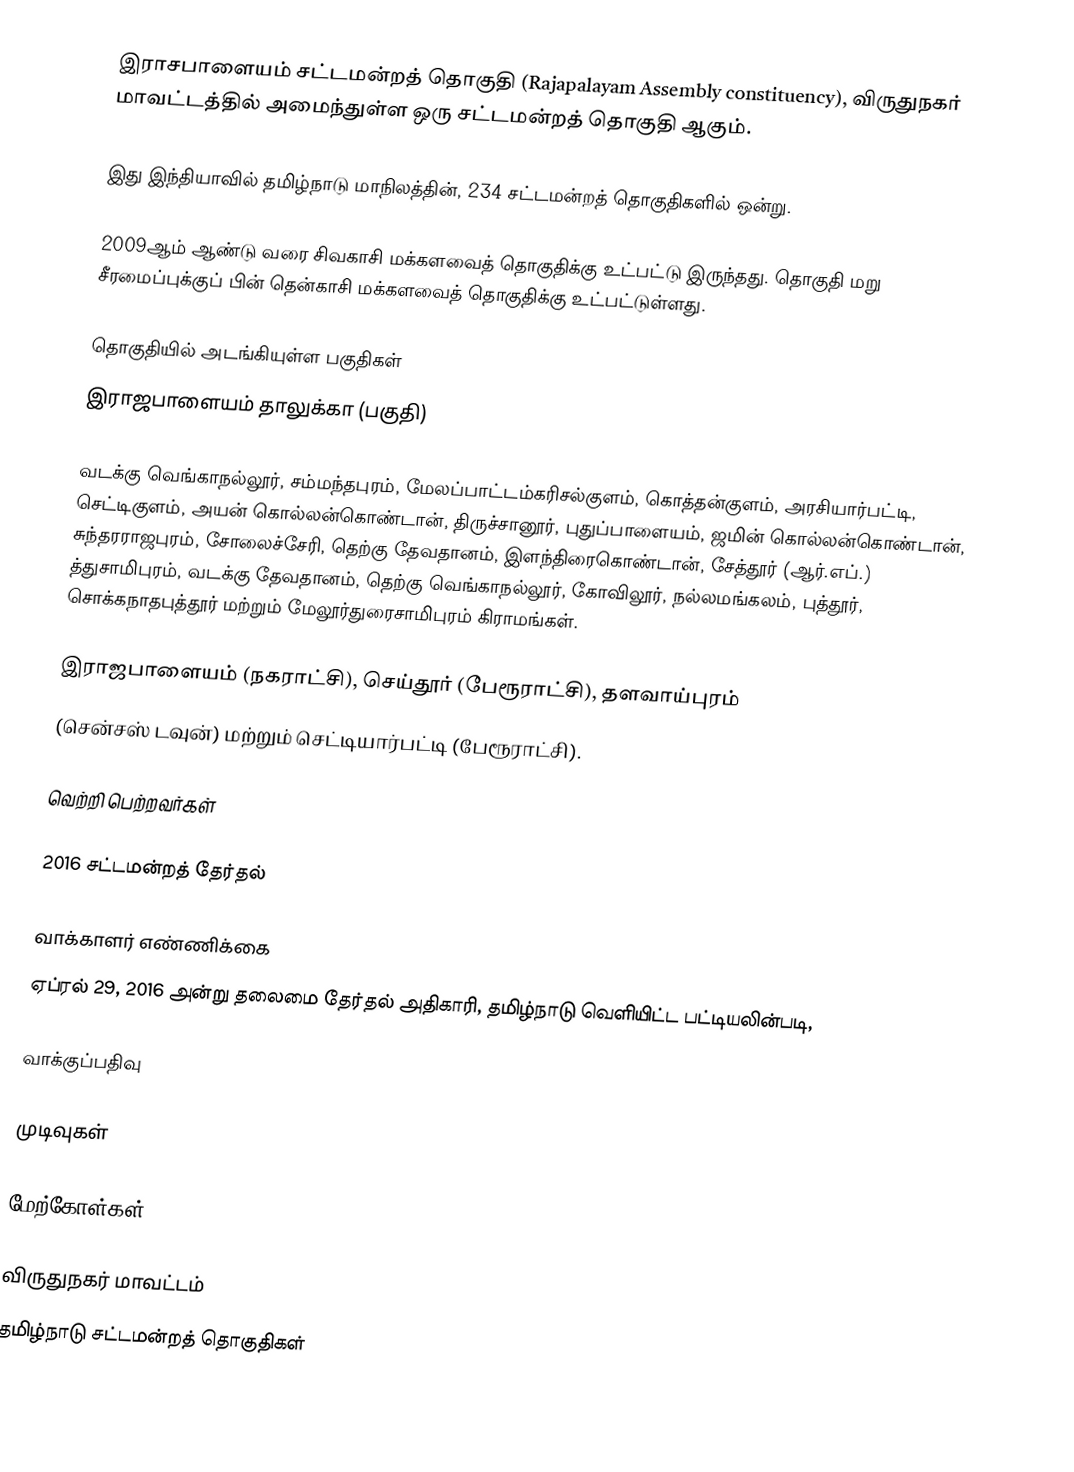
இராசபாளையம் சட்டமன்றத் தொகுதி (Rajapalayam Assembly constituency), விருதுநகர் மாவட்டத்தில் அமைந்துள்ள ஒரு சட்டமன்றத் தொகுதி ஆகும்.

இது இந்தியாவில் தமிழ்நாடு மாநிலத்தின், 234 சட்டமன்றத் தொகுதிகளில் ஒன்று.

2009ஆம் ஆண்டு வரை சிவகாசி மக்களவைத் தொகுதிக்கு உட்பட்டு இருந்தது. தொகுதி மறு சீரமைப்புக்குப் பின் தென்காசி மக்களவைத் தொகுதிக்கு உட்பட்டுள்ளது.

தொகுதியில் அடங்கியுள்ள பகுதிகள்
இராஜபாளையம் தாலுக்கா (பகுதி)

வடக்கு வெங்காநல்லூர், சம்மந்தபுரம், மேலப்பாட்டம்கரிசல்குளம், கொத்தன்குளம், அரசியார்பட்டி, செட்டிகுளம், அயன் கொல்லன்கொண்டான், திருச்சானூர், புதுப்பாளையம், ஜமின் கொல்லன்கொண்டான், சுந்தரராஜபுரம், சோலைச்சேரி, தெற்கு தேவதானம், இளந்திரைகொண்டான், சேத்தூர் (ஆர்.எப்.) த்துசாமிபுரம், வடக்கு தேவதானம், தெற்கு வெங்காநல்லூர், கோவிலூர், நல்லமங்கலம், புத்தூர், சொக்கநாதபுத்தூர் மற்றும் மேலூர்துரைசாமிபுரம் கிராமங்கள்.

இராஜபாளையம் (நகராட்சி), செய்தூர் (பேரூராட்சி), தளவாய்புரம்
(சென்சஸ் டவுன்) மற்றும் செட்டியார்பட்டி (பேரூராட்சி).

வெற்றி பெற்றவர்கள்

2016 சட்டமன்றத் தேர்தல்

வாக்காளர் எண்ணிக்கை
ஏப்ரல் 29, 2016 அன்று தலைமை தேர்தல் அதிகாரி, தமிழ்நாடு வெளியிட்ட பட்டியலின்படி,

வாக்குப்பதிவு

முடிவுகள்

மேற்கோள்கள்

விருதுநகர் மாவட்டம்
தமிழ்நாடு சட்டமன்றத் தொகுதிகள்